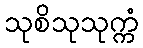
သုစိသုသုက္ကံ